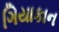
ગિયાકાન